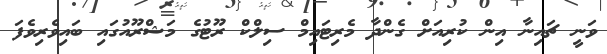
ވަނީ ޗައިނާ އިން ކުރިއަށް ގެންދާ މެރިޓައިމް ސިލްކް ރޫޓުގެ މަޝްރޫއުގައި ބައިވެރިވެފަ